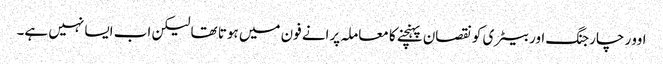
اوور چارجنگ اور بیٹری کو نقصان پہنچنے کا معاملہ پرانے فون میں ہوتا تھا لیکن اب ایسا نہیں ہے۔